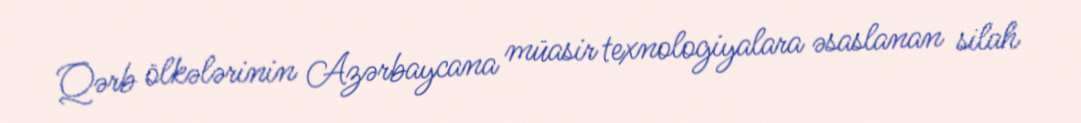
Qərb ölkələrinin Azərbaycana müasir texnologiyalara əsaslanan silah